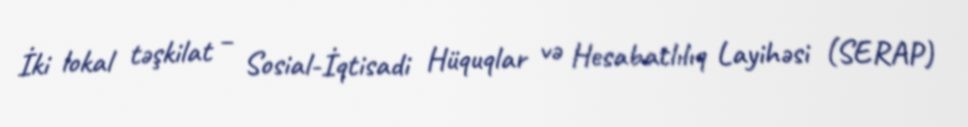
İki lokal təşkilat – Sosial-İqtisadi Hüquqlar və Hesabatlılıq Layihəsi (SERAP)